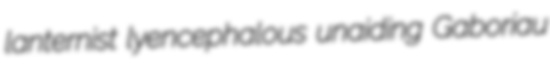
lanternist lyencephalous unaiding Gaboriau